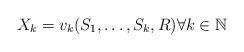
LaTeX: \begin{align*} X_k=v_k(S_1, \ldots, S_k, R) \forall k \in \mathbb{N}\end{align*}